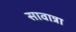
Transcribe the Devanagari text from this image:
सावान्ना